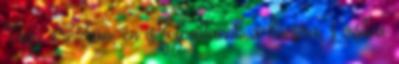
Úgy éreztem, én is felpattanok a kocsira, s visítva